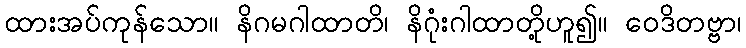
ထားအပ်ကုန်သော။ နိဂမဂါထာတိ၊ နိဂုံးဂါထာတို့ဟူ၍။ ဝေဒိတဗ္ဗာ၊